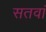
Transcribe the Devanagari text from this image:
सतवां